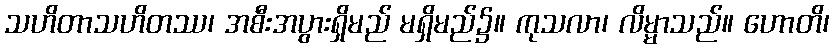
သဟိတာသဟိတဿ၊ အစီးအပွားရှိမည် မရှိမည်၌။ ကုသလာ၊ လိမ္မာသည်။ ဟောတိ၊